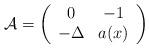
LaTeX: \begin{align*}\mathcal{A}=\left(\begin{array}{cc}0 & -1\\-\Delta & a(x)\end{array}\right)\end{align*}